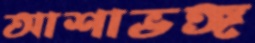
আশাভঙ্গ